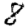
Digit: 8